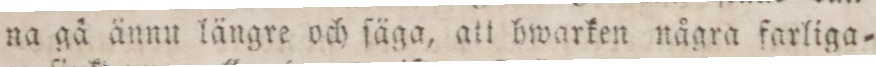
na gå ännu längre och ſäga, att hwarken några farliga=